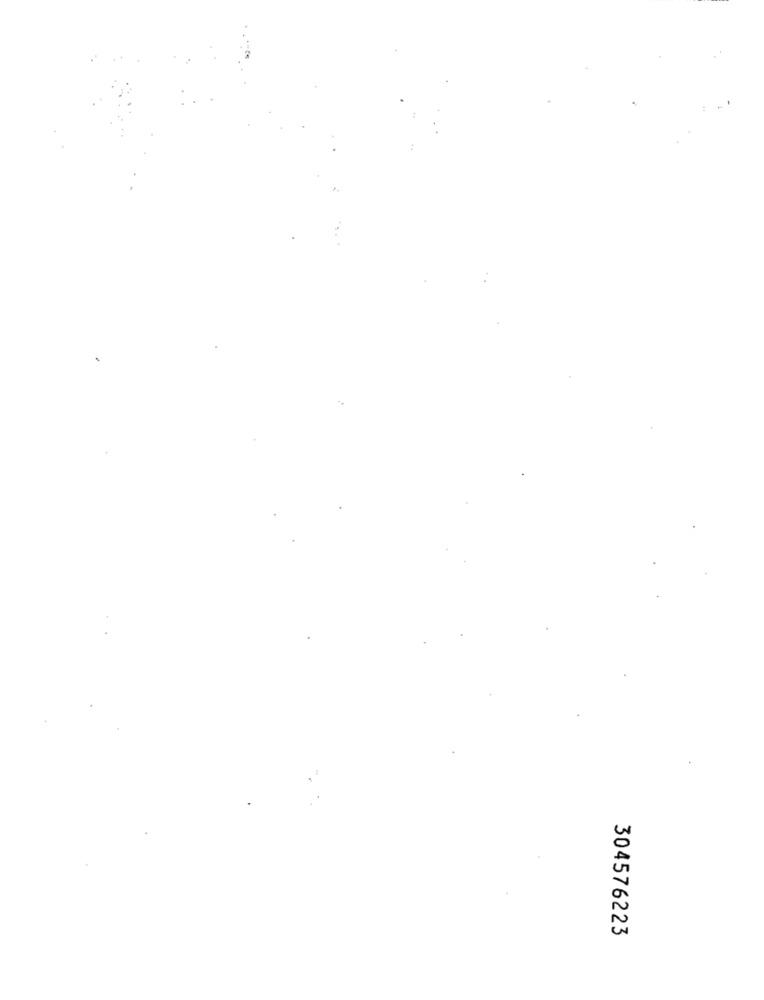
304576223